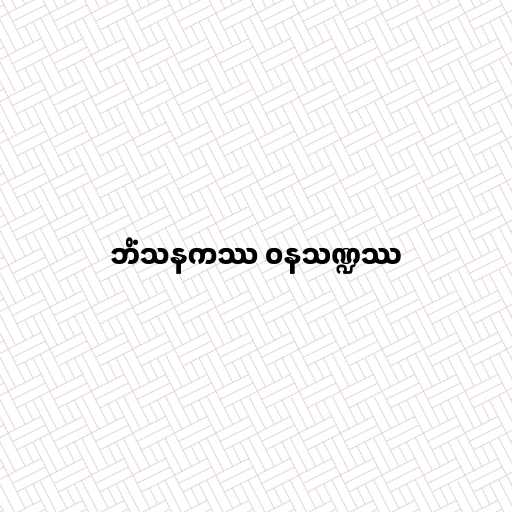
ဘိံသနကဿ ဝနသဏ္ဍဿ